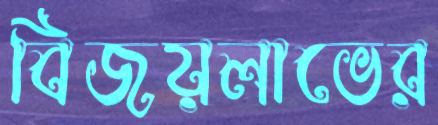
বিজয়লাভের